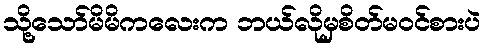
သို့သော်မိမိကလေးက ဘယ်လိုမှစိတ်မ၀င်စားပဲ